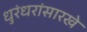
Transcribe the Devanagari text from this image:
धुरंधरांसारखे